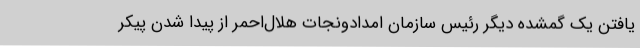
یافتن یک گمشده دیگر رئیس سازمان امدادونجات هلال‌احمر از پیدا شدن پیکر